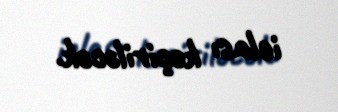
iclası keçiriləcək.